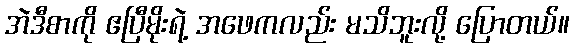
အဲဒီစာကို ဧပြီမိုးရဲ့ အဖေကလည်း မသိဘူးလို့ ပြောတယ်။